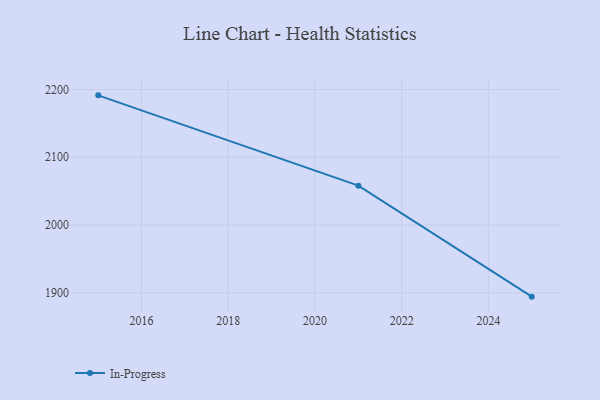
{"axis": {"x": "Year", "y": "Backlog"}, "legend": ["In-Progress"], "data": [{"x": "2015", "y": 2191.4, "type": "In-Progress"}, {"x": "2021", "y": 2058.1, "type": "In-Progress"}, {"x": "2025", "y": 1894.3, "type": "In-Progress"}]}